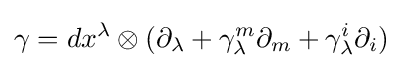
\gamma =dx^{\lambda }\otimes (\partial _{\lambda }+\gamma _{\lambda }^{m}\partial _{m}+\gamma _{\lambda }^{i}\partial _{i})